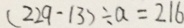
( 2 2 9 - 1 3 ) \div a = 2 1 6